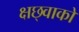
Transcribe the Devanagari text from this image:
क्षछ्वाको